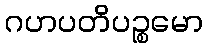
ဂဟပတိပဉ္စမော